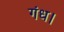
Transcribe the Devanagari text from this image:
गंध।